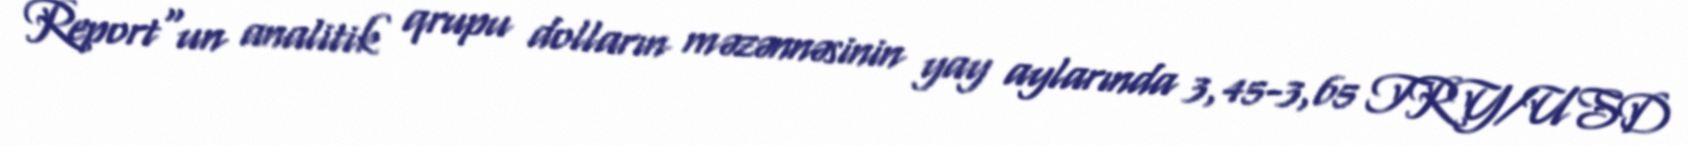
Report"un analitik qrupu dolların məzənnəsinin yay aylarında 3,45-3,65 TRY/USD